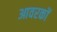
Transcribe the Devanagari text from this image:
आवरकों